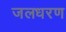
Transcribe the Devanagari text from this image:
जलधरण